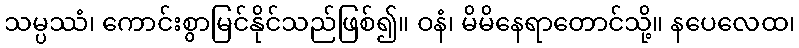
သမ္ပဿံ၊ ကောင်းစွာမြင်နိုင်သည်ဖြစ်၍။ ဝနံ၊ မိမိနေရာတောင်သို့။ နပေလေထ၊